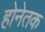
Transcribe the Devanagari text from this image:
होनेतक